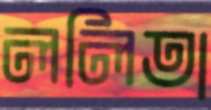
ললিতা